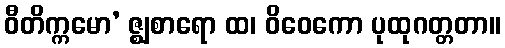
ဝီတိက္ကမော’ ဇ္ဈစာရော ထ၊ ဝိဝေကော ပုထုဂတ္တတာ။